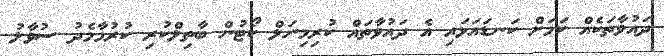
ދައުވާތަކެއް ކަމަށް ކަނޑައަޅައި އެ ދައުވާތައް ކުރިމިނަލް ކޯޓުން ބާތިލްކުރި ކުރުމާމެދު ސުވާލު